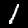
Digit: 1